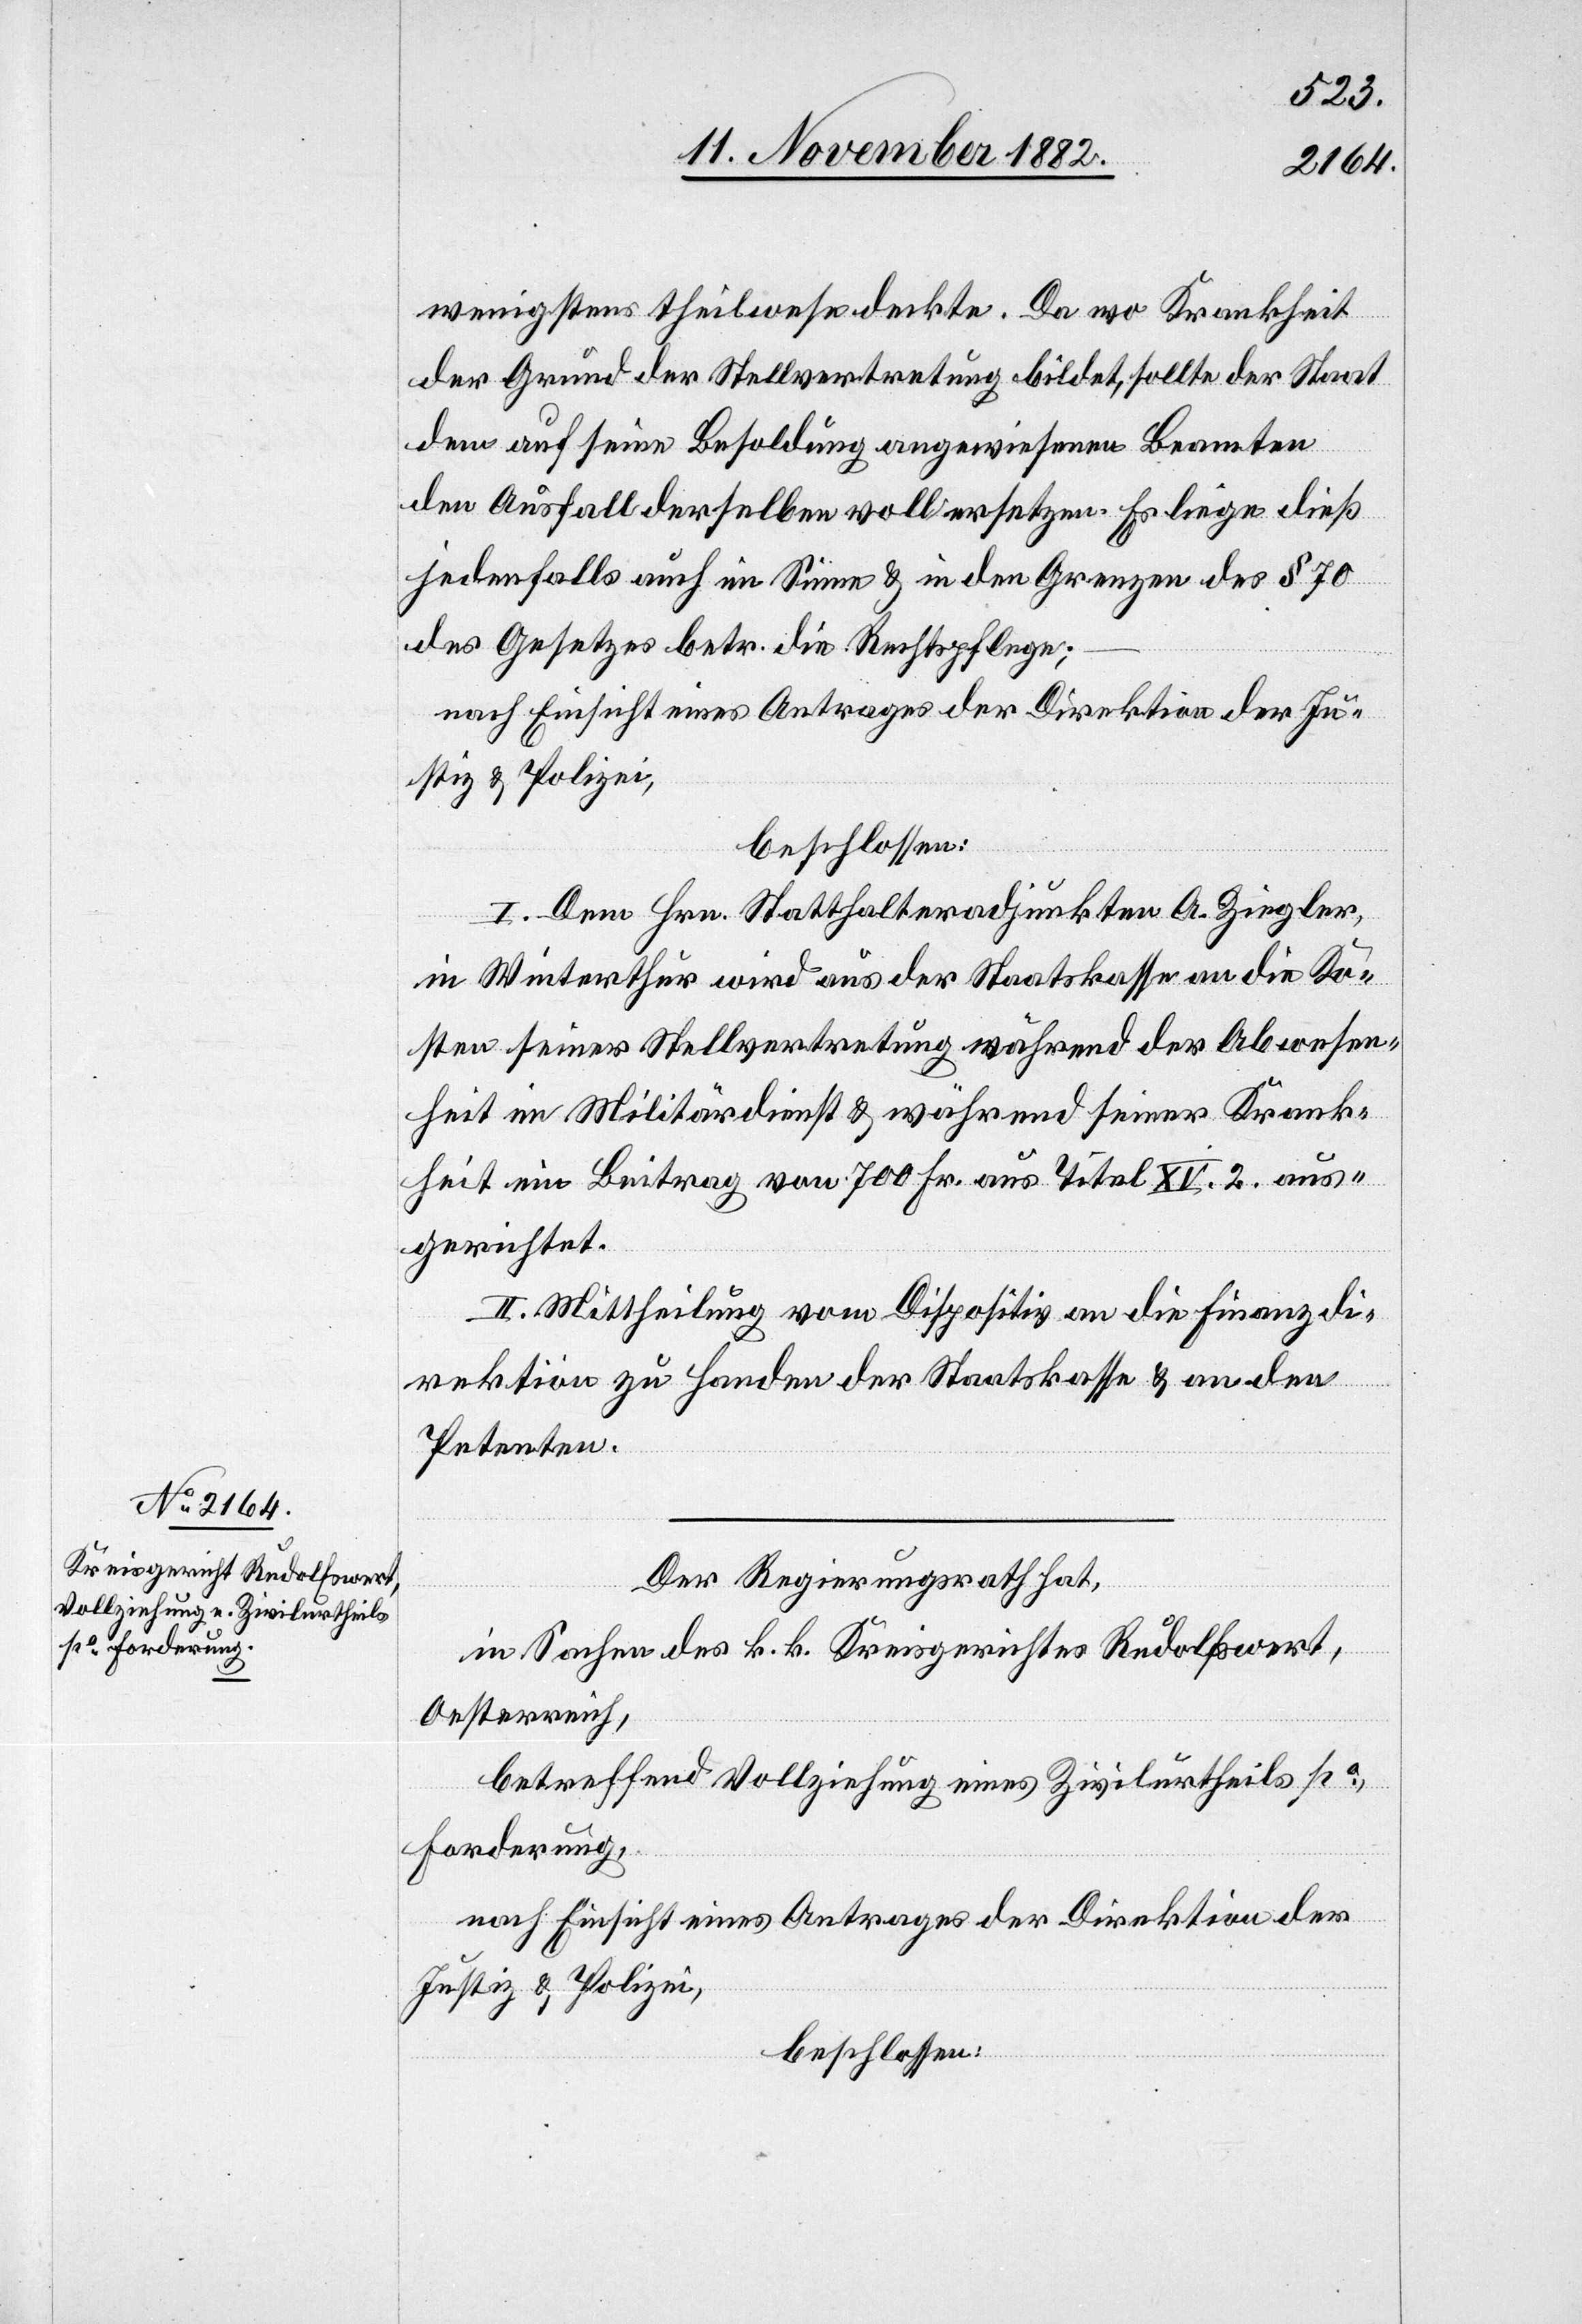
wenigstens theilweise deckte. Da wo Krankheit
der Grund der Stellvertretung bildet, sollte der Staat
dem auf seine Besoldung angewiesenen Beamten
den Ausfall derselben voll ersetzen. Es liege dieß
jedenfalls auch im Sinne & in den Grenzen des § 70
des Gesetzes betr. die Rechtspflege;
nach Einsicht eines Antrages der Direktion der Ju¬
stiz & Polizei,
beschlossen:
I. Dem Hrn. Statthalteradjunkten A. Ziegler,
in Winterthur wird aus der Staatskasse an die Ko¬
sten seiner Stellvertretung während der Abwesen¬
heit im Militärdienst & während seiner Krank¬
heit ein Beitrag von 700 Fr. aus Titel XV. 2. aus¬
gerichtet.
II. Mittheilung vom Dispositiv an die Finanzdi¬
rektion zu Handen der Staatskasse & an den
Petenten.
Der Regierungsrath hat,
in Sachen des k. k. Kreisgerichtes Rudolfswert,
Oesterreich,
betreffend Vollziehung eines Zivilurtheils po
Forderung,
nach Einsicht eines Antrages der Direktion der
Justiz & Polizei,
beschlossen: